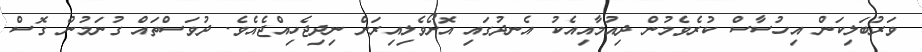
ވަރުބަލިކަން އިހުސާސް ކުރެވެމުން ދިއުމާއިއެކު އެނދުގައި އޮށޯވެލިއިރަށް ނިދިޖެހިއްޖެއެވެ. ދުވަސްތައް ގުނަމުން ގޮސް